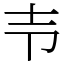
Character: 壭